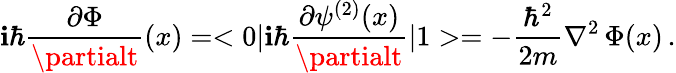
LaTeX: \mathbf{i}\hbar{\frac{{\partial\Phi}}{{\partialt}}}(x)=<0|\mathbf{i}\hbar{\frac{{\partial\psi^{(2)}(x)}}{{\partialt}}}|1>=-{\frac{{\hbar^{2}}}{{2m}}}\nabla^{2}\, \Phi(x)\, .